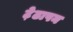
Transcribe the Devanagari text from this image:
ट़ेढापन